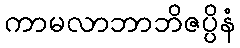
ကာမလာဘာဘိဇပ္ပိနံ